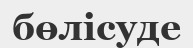
бөлісуде